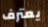
يعترف